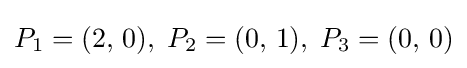
P_{1}=(2,\,0),\;P_{2}=(0,\,1),\;P_{3}=(0,\,0)